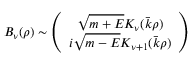
B _ { \nu } ( \rho ) \sim \left( \begin{array} { c } { { \sqrt { m + E } K _ { \nu } ( \bar { k } \rho ) } } \\ { { i \sqrt { m - E } K _ { \nu + 1 } ( \bar { k } \rho ) } } \end{array} \right)